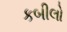
કબીલો